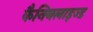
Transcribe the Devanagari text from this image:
कैनिबलाइज्ड